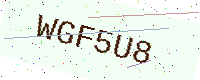
Text: WGF5U8